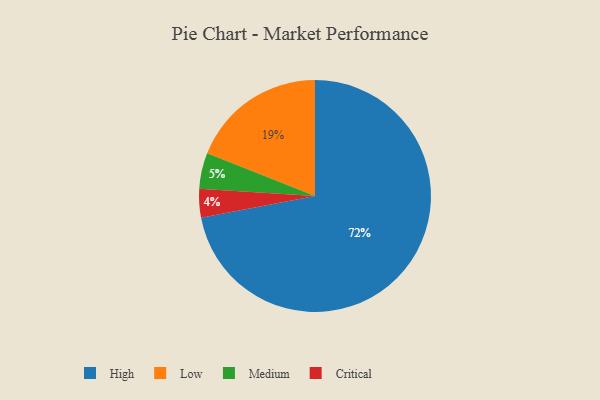
{"axis": {"x": "Category", "y": "Percentage"}, "legend": ["Critical", "High", "Low", "Medium"], "data": [{"x": "Medium", "y": 5, "type": "Medium"}, {"x": "Critical", "y": 4, "type": "Critical"}, {"x": "High", "y": 72, "type": "High"}, {"x": "Low", "y": 19, "type": "Low"}]}